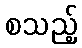
စသည့်